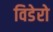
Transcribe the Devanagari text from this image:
विडेरो